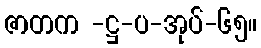
ဇာတက -ဋ္ဌ-ပ-အုပ်-၆၅။